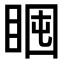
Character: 𥇈